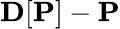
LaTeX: {\mathbf D}[{\mathbf P}]-{\mathbf P}